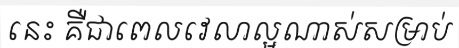
នេះ គឺជាពេលវេលាល្អណាស់សម្រាប់